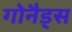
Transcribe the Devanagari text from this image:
गोनैड्स